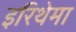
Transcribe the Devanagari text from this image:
इरिथेमा